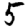
Digit: 5